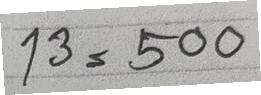
13 = 500